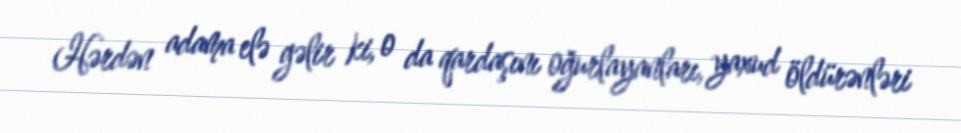
Hərdən adama elə gəlir ki, o da qardaşını oğurlayanları, yaxud öldürənləri